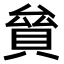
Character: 𧵱